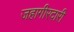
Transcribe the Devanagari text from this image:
जहागीरदारी